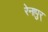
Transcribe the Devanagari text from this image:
रेनापुर्